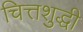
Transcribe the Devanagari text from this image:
चित्तशुद्धी